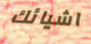
اشيائك